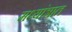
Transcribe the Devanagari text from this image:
मध्यांत्रात